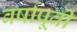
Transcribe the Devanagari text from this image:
वर्षापूवी